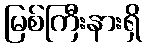
မြစ်ကြီးနားရှိ